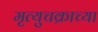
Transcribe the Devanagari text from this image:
मृत्युचक्राच्या